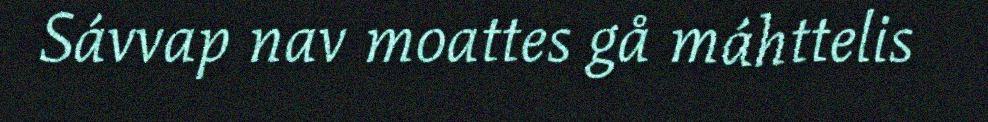
Sávvap nav moattes gå máhttelis